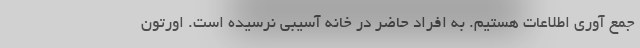
جمع آوری اطلاعات هستیم. به افراد حاضر در خانه آسیبی نرسیده است. اورتون